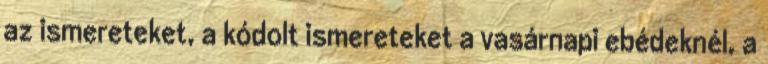
az ismereteket, a kódolt ismereteket a vasárnapi ebédeknél, a